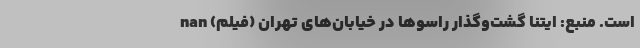
است. منبع: ایتنا گشت‌وگذار راسوها در خیابان‌های تهران (فیلم) nan